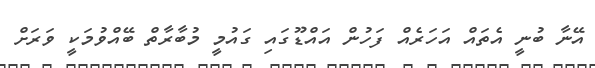
އޭނާ ބުނީ އެތައް އަހަރެއް ފަހުން އައްޑޫގައި ގައުމީ މުބާރާތް ބޭއްވުމަކީ ވަރަށް